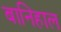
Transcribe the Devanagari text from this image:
बानिहाल